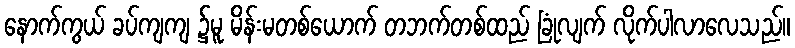
နောက်ကွယ် ခပ်ကျကျ ၌မူ မိန်းမတစ်ယောက် တဘက်တစ်ထည် ခြုံလျက် လိုက်ပါလာလေသည်။